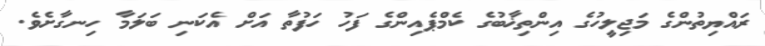
ރައްޔިތުންގެ މަޖިލީހުގެ އިންތިޚާބުގެ ކެމްޕެއިންގެ ފަހު ހަފުތާ އަށް އެކަނި ބަލަމާ ހިނގާށެވެ.